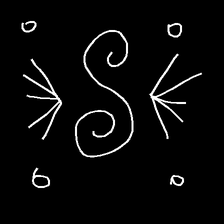
Glyph: aeroform